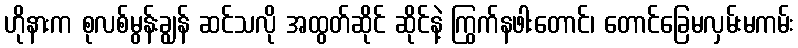
ဟိုနားက စုလစ်မွန်းချွန် ဆင်သလို အထွတ်ဆိုင် ဆိုင်နဲ့ ကြွက်နဖါးတောင်၊ တောင်ခြေမလှမ်းမကမ်း